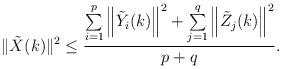
LaTeX: \begin{align*}\|\tilde{X}(k)\|^2 \leq\frac{\sum\limits_{i=1}^{p}\left\|\tilde{Y}_i(k)\right\|^2+\sum\limits_{j=1}^{q}\left\|\tilde{Z}_j(k)\right\|^2 }{p+q}.\end{align*}